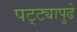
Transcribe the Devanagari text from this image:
पट्ट्यापुढे